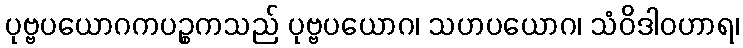
ပုဗ္ဗပယောဂကပဉ္စကသည် ပုဗ္ဗပယောဂ၊ သဟပယောဂ၊ သံဝိဒါဝဟာရ၊